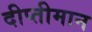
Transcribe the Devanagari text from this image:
दीप्तीमान